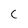
Character: C